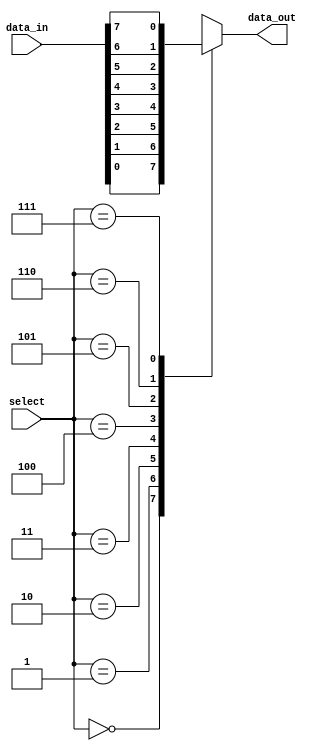
module mux_8to1 (
  input wire [7:0] data_in,
  input wire [2:0] select,
  output reg data_out
);

always @(*)
begin
  case (select)
    3'b000: data_out = data_in[0];
    3'b001: data_out = data_in[1];
    3'b010: data_out = data_in[2];
    3'b011: data_out = data_in[3];
    3'b100: data_out = data_in[4];
    3'b101: data_out = data_in[5];
    3'b110: data_out = data_in[6];
    3'b111: data_out = data_in[7];
    default: data_out = 0;
  endcase
end

endmodule